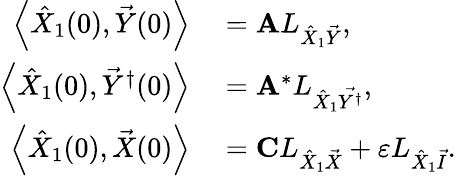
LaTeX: \begin{array}{rl}{\left\langle\hat{X}_{1}(0),\vec{Y}(0)\right\rangle}&{{}=\mathbf{A}L_{\hat{X}_{1}\vec{Y}},}\\ {\left\langle\hat{X}_{1}(0),\vec{Y}^{\dagger}(0)\right\rangle}&{{}=\mathbf{A}^{*}L_{\hat{X}_{1}\vec{Y^{\dagger}}},}\\ {\left\langle\hat{X}_{1}(0),\vec{X}(0)\right\rangle}&{{}=\mathbf{C}L_{\hat{X}_{1}\vec{X}}+\varepsilon L_{\hat{X}_{1}\vec{I}}.}\end{array}